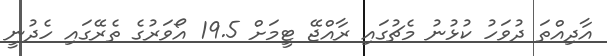
އާދިއްތަ ދުވަހު ކުޅުނު މެޗުގައި ރާއްޖޭ ޓީމަށް 19.5 އޯވަރުގެ ތެރޭގައި ހެދުނީ